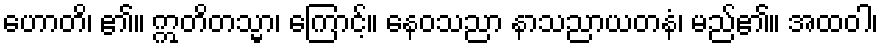
ဟောတိ၊ ၏။ ဣတိတသ္မာ၊ ကြောင့်။ နေဝသညာ နာသညာယတနံ၊ မည်၏။ အထဝါ၊